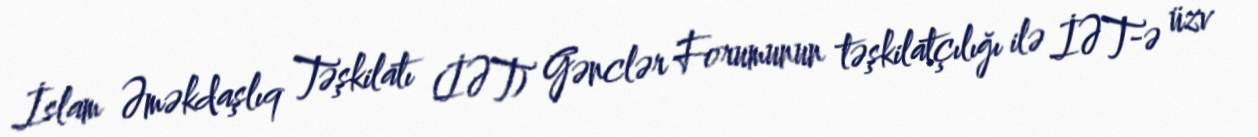
İslam Əməkdaşlıq Təşkilatı (İƏT) Gənclər Forumunun təşkilatçılığı ilə İƏT-ə üzv